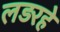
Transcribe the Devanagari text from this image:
लड़रहे